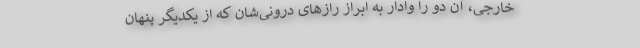
خارجی، آن دو را وادار به ابراز رازهای درونی‌شان که از یکدیگر پنهان